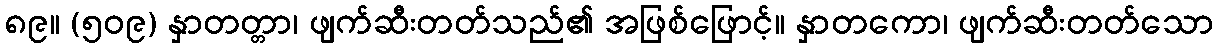
၈၉။ (၅၀၉) နှာတတ္တာ၊ ဖျက်ဆီးတတ်သည်၏ အဖြစ်ဖြောင့်။ နှာတကော၊ ဖျက်ဆီးတတ်သော